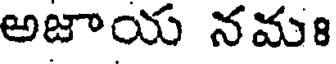
అజాయ నమః